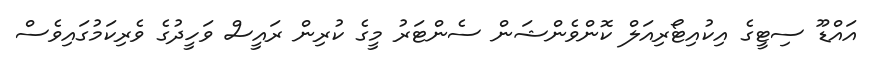
އައްޑޫ ސިޓީގެ އިކުއިޓޯރިއަލް ކޮންވެންޝަން ސެންޓަރު މީގެ ކުރިން ރައީސް ވަހީދުގެ ވެރިކަމުގައިވެސް